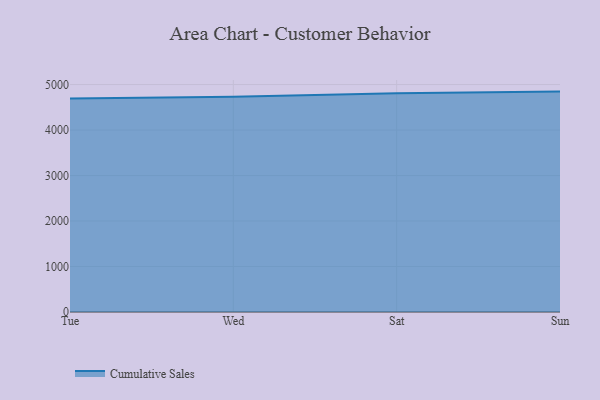
{"axis": {"x": "Day", "y": "Satisfaction Score"}, "legend": ["Cumulative Sales"], "data": [{"x": "Tue", "y": 4693.1, "type": "Cumulative Sales"}, {"x": "Wed", "y": 4733.6, "type": "Cumulative Sales"}, {"x": "Sat", "y": 4808.8, "type": "Cumulative Sales"}, {"x": "Sun", "y": 4844.7, "type": "Cumulative Sales"}]}